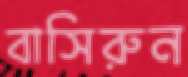
বাসিরুন